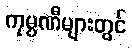
ကုမ္ပဏီများတွင်